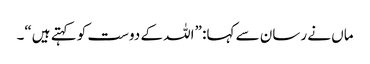
ماں نے رسان سے کہا: ”اللہ کے دوست کو کہتے ہیں“۔